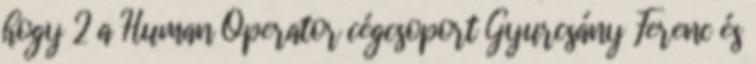
hogy 2 a Human Operator cégcsoport Gyurcsány Ferenc és